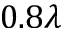
0 . 8 \lambda